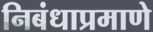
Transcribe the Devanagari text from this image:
निबंधाप्रमाणे